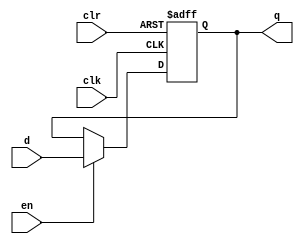
// Esse componente representa um flip flop completo com ENABLE e CLEAR

module d_ff(
	input d, clk, clr, en,
	output reg q
);

always@(posedge clk, posedge clr)
begin
	if(clr)
		q <= 1'b0;
	else if(en)
		q <= d;
	
	// Se o enable tiver desativado, q mantm o dado anterior... 
end

endmodule